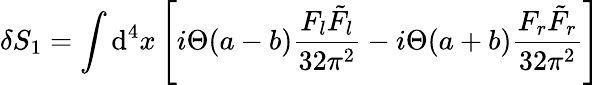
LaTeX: \delta S_{1}=\int\mathrm{d}^{4}x\left[i\Theta(a-b)\frac{F_{l}\tilde{F}_{l}}{32\pi^{2}}-i\Theta(a+b)\frac{F_{r}\tilde{F}_{r}}{32\pi^{2}}\right]